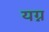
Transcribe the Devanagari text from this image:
यग्न